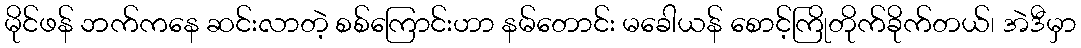
မိုင်ဖန် ဘက်ကနေ ဆင်းလာတဲ့ စစ်ကြောင်းဟာ နမ်တောင်း မခေါယန် စောင့်ကြိုတိုက်ခိုက်တယ်၊ အဲဒီမှာ